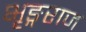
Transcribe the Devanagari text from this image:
भृङ्गराज